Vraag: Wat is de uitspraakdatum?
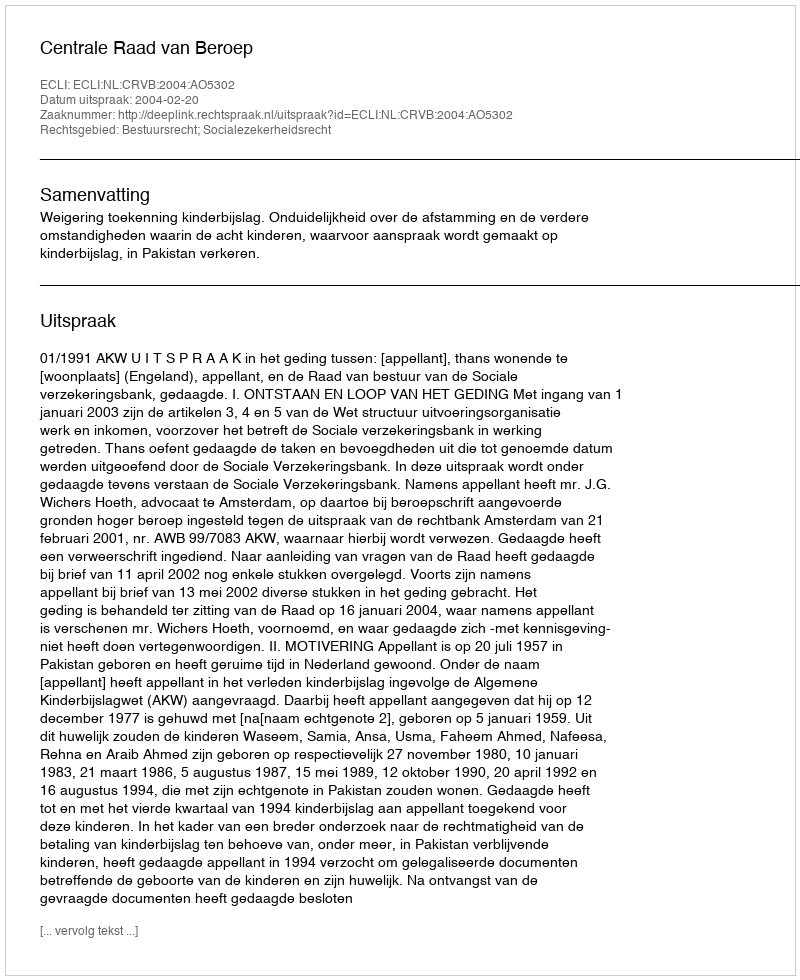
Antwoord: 2004-02-20